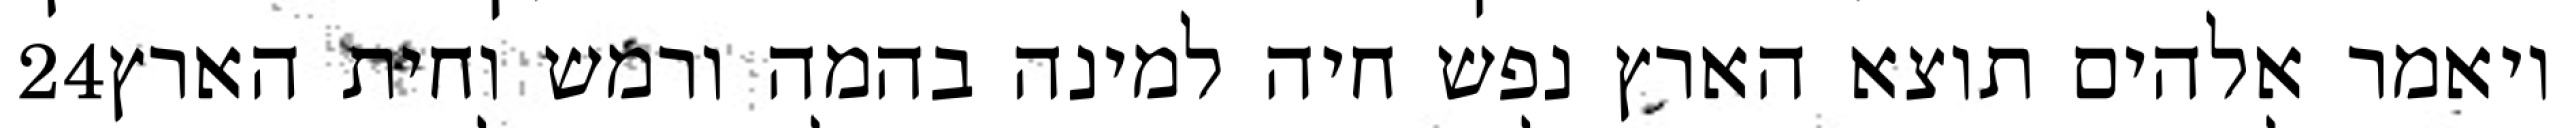
‎24‏ ויאמר אלהים תוצא הארץ נפש חיה למינה בהמה ורמש וחית הארץ